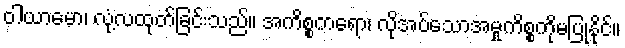
ဝါယာမော၊ လုံ့လထုတ်ခြင်းသည်။ အကိစ္စကရော၊ လိုအပ်သောအမှုကိစ္စကိုမပြုနိုင်။